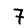
Digit: 7